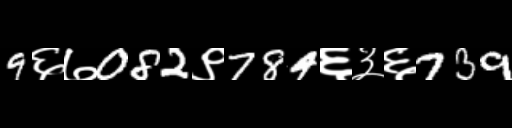
Text: 9६७082९784६३६739